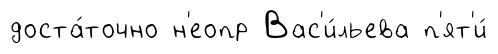
доста́точно н'еопр Вас'и́льева п'ят'и́